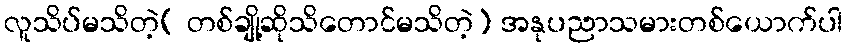
လူသိပ်မသိတဲ့( တစ်ချို့ဆိုသိတောင်မသိတဲ့) အနုပညာသမားတစ်ယောက်ပါ